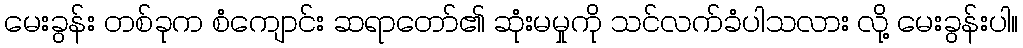
မေးခွန်း တစ်ခုက စံကျောင်း ဆရာတော်၏ ဆုံးမမှုကို သင်လက်ခံပါသလား လို့ မေးခွန်းပါ။